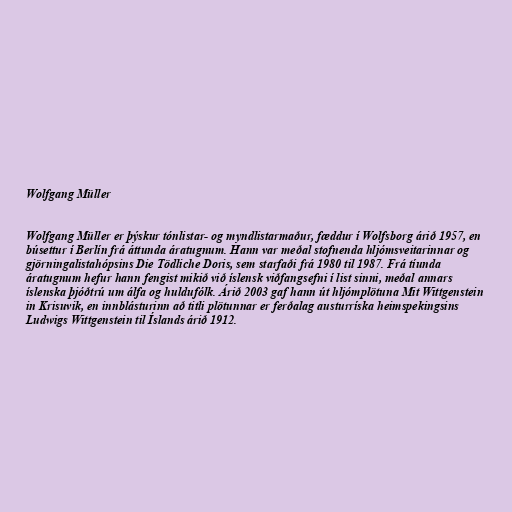
Wolfgang Müller

Wolfgang Müller er þýskur tónlistar- og myndlistarmaður, fæddur í Wolfsborg árið 1957, en
búsettur í Berlín frá áttunda áratugnum. Hann var meðal stofnenda hljómsveitarinnar og
gjörningalistahópsins Die Tödliche Doris, sem starfaði frá 1980 til 1987. Frá tíunda
áratugnum hefur hann fengist mikið við íslensk viðfangsefni í list sinni, meðal annars
íslenska þjóðtrú um álfa og huldufólk. Árið 2003 gaf hann út hljómplötuna Mit Wittgenstein
in Krisuvik, en innblásturinn að titli plötunnar er ferðalag austurríska heimspekingsins
Ludwigs Wittgenstein til Íslands árið 1912.